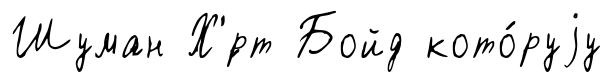
Шуман Х'́рт Бойд кото́руjу